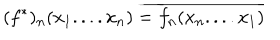
( f ^ { * } ) _ { n } ( x _ { 1 } . . . . x _ { n } ) = \overline { { { f _ { n } ( x _ { n } . . . . x _ { 1 } ) } } }